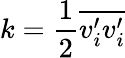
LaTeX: k={\frac{1}{2}}{\overline{{v_{i}^{\prime}v_{i}^{\prime}}}}